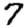
Digit: 7